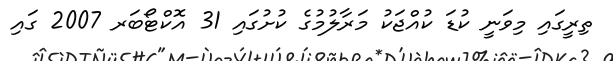
ތިރީގައި މިވަނީ ކުޑަ ކުއްޖަކު މަރާލުމުގެ ކުށުގައި 31 އޮކްޓޯބަރ 2007 ގައި